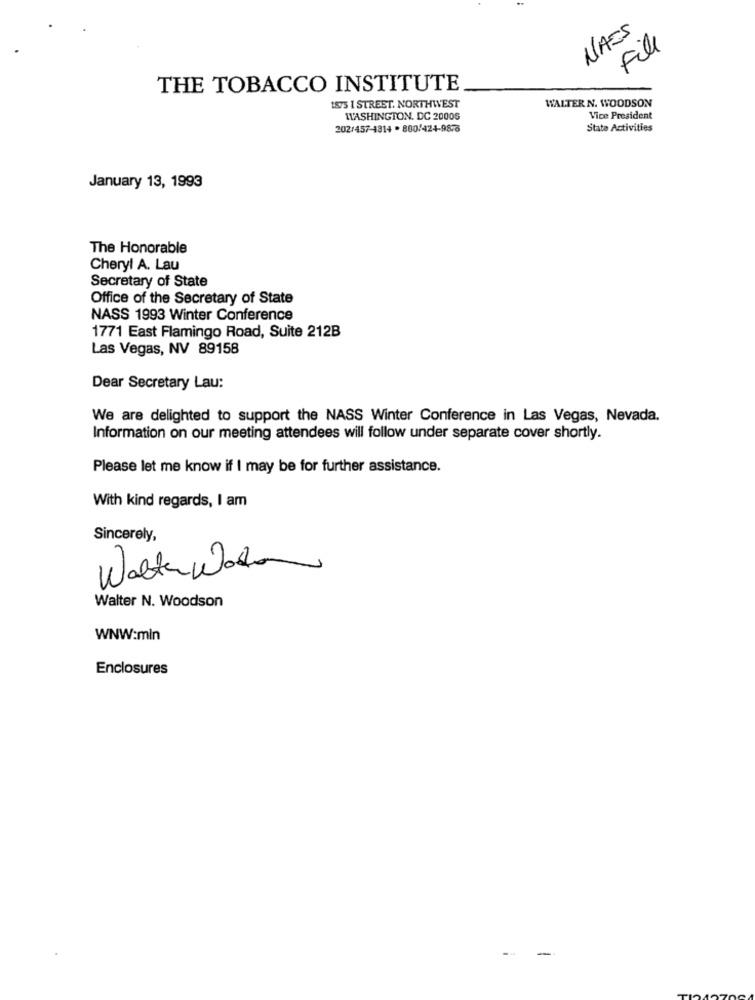
NAES
File
THE TOBACCO INSTITUTE
WALTER N. WOODSON
1875 I STREET. NORTHWEST
WASHINGTON, DC 20006
Vice President
202/457-1814 . 800/424-9876
State Activities
January 13, 1993
The Honorable
Cheryl A. Lau
Secretary of State
Office of the Secretary of State
NASS 1993 Winter Conference
1771 East Flamingo Road, Suite 212B
Las Vegas, NV 89158
Dear Secretary Lau:
We are delighted to support the NASS Winter Conference in Las Vegas, Nevada.
Information on our meeting attendees will follow under separate cover shortly.
Please let me know if I may be for further assistance.
With kind regards, I am
Sincerely,
WalterWater
Walter N. Woodson
WNW:mln
Enclosures